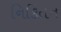
નિકિતન